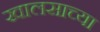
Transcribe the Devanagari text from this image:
खालसाच्या